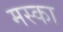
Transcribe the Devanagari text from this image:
मस्का